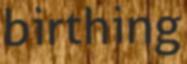
birthing